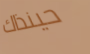
حينذاك